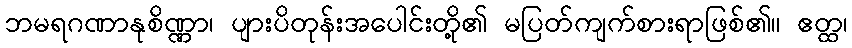
ဘမရဂဏာနုစိဏ္ဏာ၊ ပျားပိတုန်းအပေါင်းတို့၏ မပြတ်ကျက်စားရာဖြစ်၏။ ဧတ္ထ၊